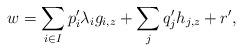
LaTeX: \begin{align*} w = \sum_{i\in I} p'_i\lambda_i g_{i,z} + \sum_j q'_j h_{j,z} + r',\end{align*}